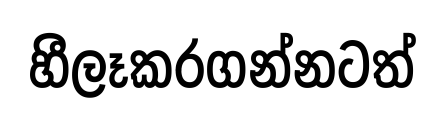
හීලෑකරගන්නටත්